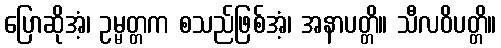
ပြောဆိုအံ့၊ ဥမ္မတ္တက စသည်ဖြစ်အံ့၊ အနာပတ္တိ။ သီလဝိပတ္တိ။